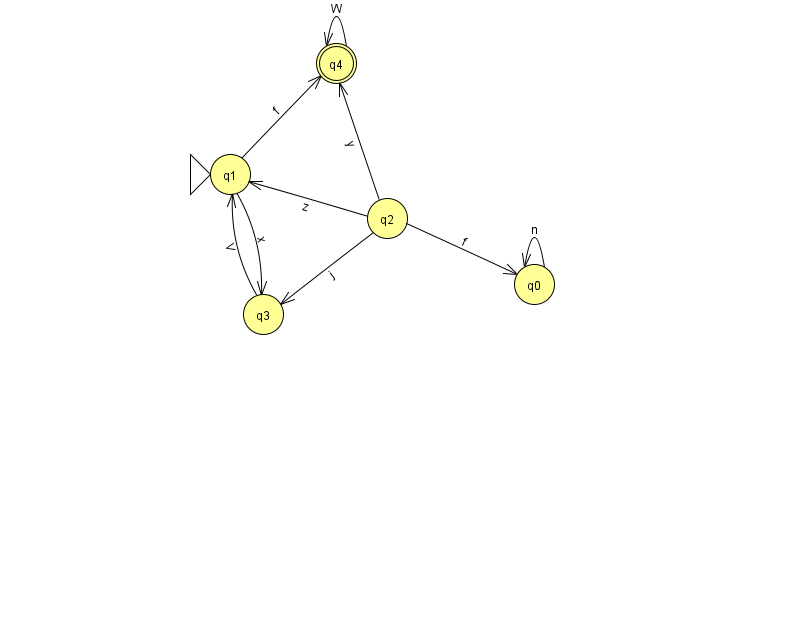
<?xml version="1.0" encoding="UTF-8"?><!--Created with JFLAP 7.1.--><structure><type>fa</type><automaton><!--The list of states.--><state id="0" name="q0"><x>534.0</x><y>271.0</y></state><state id="1" name="q1"><x>230.0</x><y>161.0</y><initial/></state><state id="2" name="q2"><x>387.0</x><y>205.0</y></state><state id="3" name="q3"><x>263.0</x><y>301.0</y></state><state id="4" name="q4"><x>336.0</x><y>50.0</y><final/></state><!--The list of transitions.--><transition><from>2</from><to>1</to><read>z</read></transition><transition><from>2</from><to>0</to><read>f</read></transition><transition><from>1</from><to>3</to><read>x</read></transition><transition><from>4</from><to>4</to><read>W</read></transition><transition><from>2</from><to>4</to><read>y</read></transition><transition><from>3</from><to>1</to><read>V</read></transition><transition><from>2</from><to>3</to><read>j</read></transition><transition><from>0</from><to>0</to><read>n</read></transition><transition><from>1</from><to>4</to><read>f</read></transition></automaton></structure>